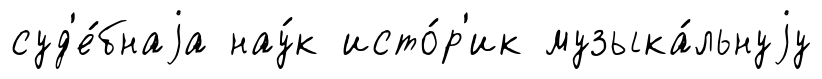
суд'е́бнаjа нау́к исто́р'ик музыка́льнуjу